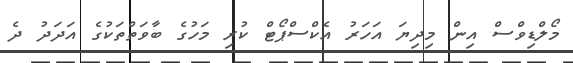
މޯލްޑިވްސް އިން މިދިޔަ އަހަރު އެކްސްޕޯޓް ކުރި މަހުގެ ބާވަތްތަކުގެ އަދަދު ދެ